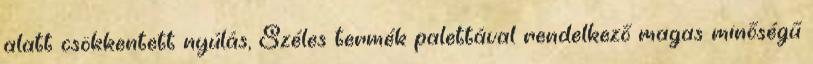
alatt csökkentett nyúlás, Széles termék palettával rendelkező magas minőségű